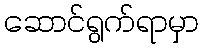
ဆောင်ရွက်ရာမှာ